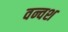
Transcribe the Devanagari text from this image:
वन्वश